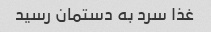
غذا سرد به دستمان رسید